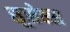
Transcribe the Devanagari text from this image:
सूसेक्स